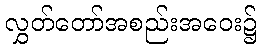
လွှတ်တော်အစည်းအဝေး၌